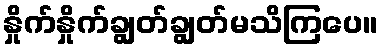
နှိုက်နှိုက်ချွတ်ချွတ်မသိကြပေ။